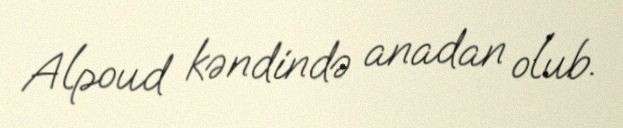
Alpoud kəndində anadan olub.